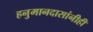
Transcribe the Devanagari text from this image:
हनुमानदासांनीही